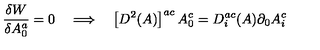
\frac { \delta W } { \delta A _ { 0 } ^ { a } } = 0 \quad \Longrightarrow \quad \left[ D ^ { 2 } ( A ) \right] ^ { a c } A _ { 0 } ^ { c } = D ^ { a c } _ { i } ( A ) \partial _ { 0 } A _ { i } ^ { c }